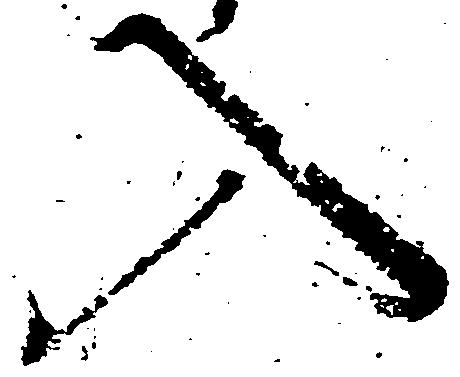
入